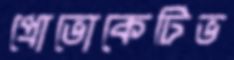
প্রোভোকেটিভ